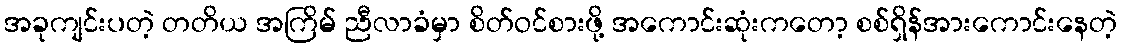
အခုကျင်းပတဲ့ တတိယ အကြိမ် ညီလာခံမှာ စိတ်ဝင်စားဖို့ အကောင်းဆုံးကတော့ စစ်ရှိန်အားကောင်းနေတဲ့